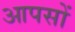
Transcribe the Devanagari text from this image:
आपसों